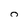
Character: 0